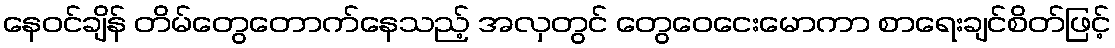
နေဝင်ချိန် တိမ်တွေတောက်နေသည့် အလှတွင် တွေဝေငေးမောကာ စာရေးချင်စိတ်ဖြင့်